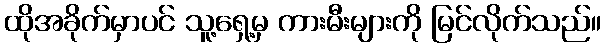
ထိုအခိုက်မှာပင် သူ့ရှေ့မှ ကားမီးများကို မြင်လိုက်သည်။